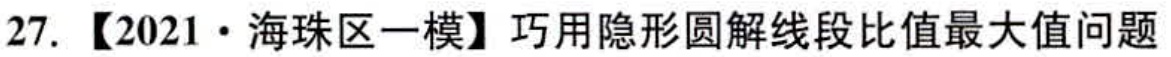
27. 【2021·海珠区一模】巧用隐形圆解线段比值最大值问题